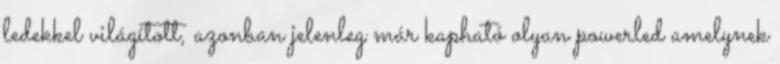
ledekkel világított, azonban jelenleg már kapható olyan powerled amelynek